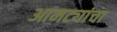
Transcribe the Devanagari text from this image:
आमट्यांचा